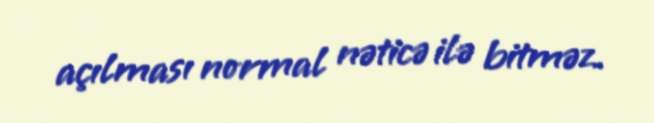
açılması normal nəticə ilə bitməz.